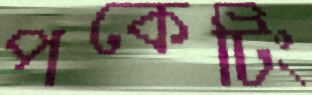
পকেটিং